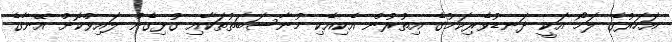
އަހަރުގެ ލަމޯ އަކީ ދަނޑުވެރިކަމުގެ އިތުރުން އެކިއެކި މުނާސަބަތުތަކާއި ގުޅިގެން ލައިވްކޮށް އޭނާގެ